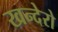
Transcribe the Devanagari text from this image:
खन्देरो